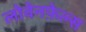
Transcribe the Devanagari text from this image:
लोवेनफ़ेल्स